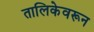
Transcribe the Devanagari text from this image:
तालिकेवरून